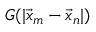
G ( | \vec { x } _ { m } - \vec { x } _ { n } | )